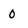
Character: O